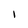
Character: I